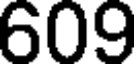
609